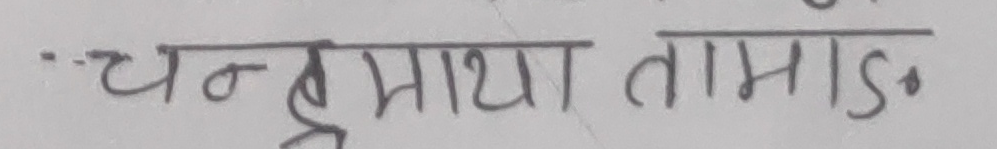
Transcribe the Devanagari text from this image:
चन्द्रमाया तामाङ्ग।